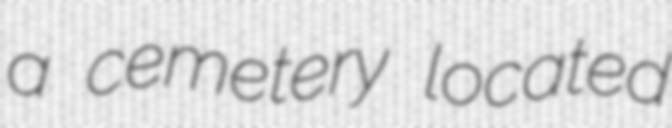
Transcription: a cemetery located